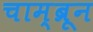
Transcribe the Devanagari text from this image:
चाम्ब्रून